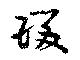
瑗